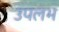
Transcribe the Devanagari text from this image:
उपलभ